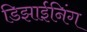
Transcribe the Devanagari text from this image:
डिझाईनिंग